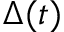
\Delta ( t )